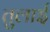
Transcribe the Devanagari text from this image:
तुलाई